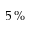
5 \, \%